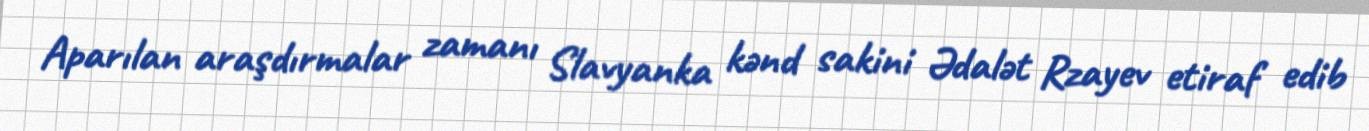
Aparılan araşdırmalar zamanı Slavyanka kənd sakini Ədalət Rzayev etiraf edib